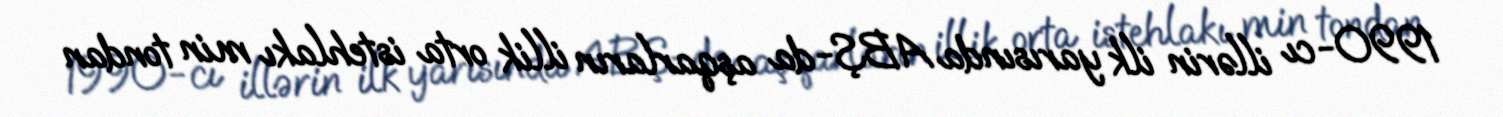
1990-cı illərin ilk yarısında ABŞ-da aşqarların illik orta istehlakı min tondan